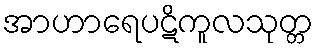
အာဟာရေပဋိကူလသုတ္တ